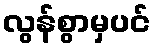
လွန်စွာမှပင်